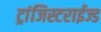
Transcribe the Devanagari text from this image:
ट्रांजिस्टराईज्ड